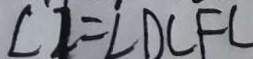
\angle 1 = \angle D C F